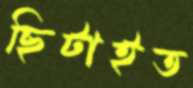
ছিটাইত